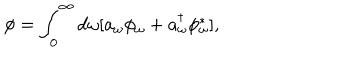
LaTeX: \phi = \int _ { 0 } ^ { \infty } d \omega [ a _ { \omega } \phi _ { \omega } + a _ { \omega } ^ { \dagger } \phi _ { \omega } ^ { \ast } ] ,